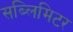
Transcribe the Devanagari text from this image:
सब्लिमिटर